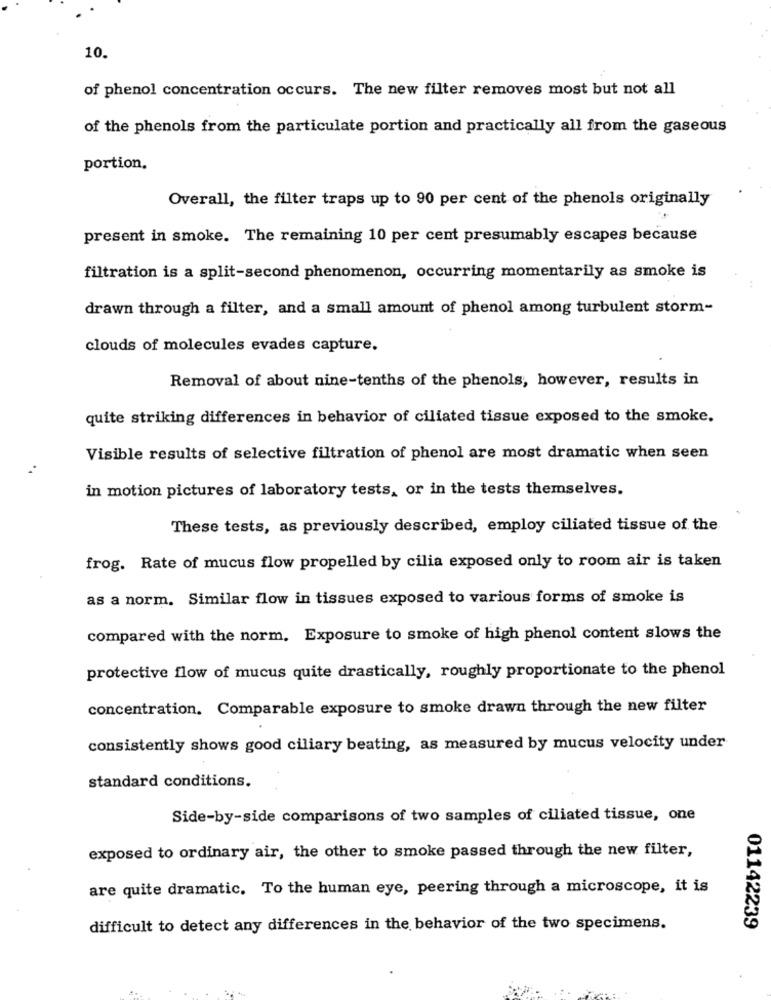
10.
of phenol concentration occurs. The new filter removes most but not all
of the phenols from the particulate portion and practically all from the gaseous
portion.
Overall, the filter traps up to 90 per cent of the phenols originally
present in smoke. The remaining 10 per cent presumably escapes because
filtration is a split-second phenomenon, occurring momentarily as smoke is
drawn through a filter, and a small amount of phenol among turbulent storm-
clouds of molecules evades capture.
Removal of about nine-tenths of the phenols, however, results in
quite striking differences in behavior of ciliated tissue exposed to the smoke.
Visible results of selective filtration of phenol are most dramatic when seen
in motion pictures of laboratory tests, or in the tests themselves.
These tests, as previously described, employ ciliated tissue of the
frog. Rate of mucus flow propelled by cilia exposed only to room air is taken
as a norm. Similar flow in tissues exposed to various forms of smoke is
compared with the norm. Exposure to smoke of high phenol content slows the
protective flow of mucus quite drastically, roughly proportionate to the phenol
concentration. Comparable exposure to smoke drawn through the new filter
consistently shows good ciliary beating, as measured by mucus velocity under
standard conditions.
Side-by-side comparisons of two samples of ciliated tissue, one
exposed to ordinary air, the other to smoke passed through the new filter,
are quite dramatic. To the human eye, peering through a microscope, it is
01142239
difficult to detect any differences in the behavior of the two specimens.